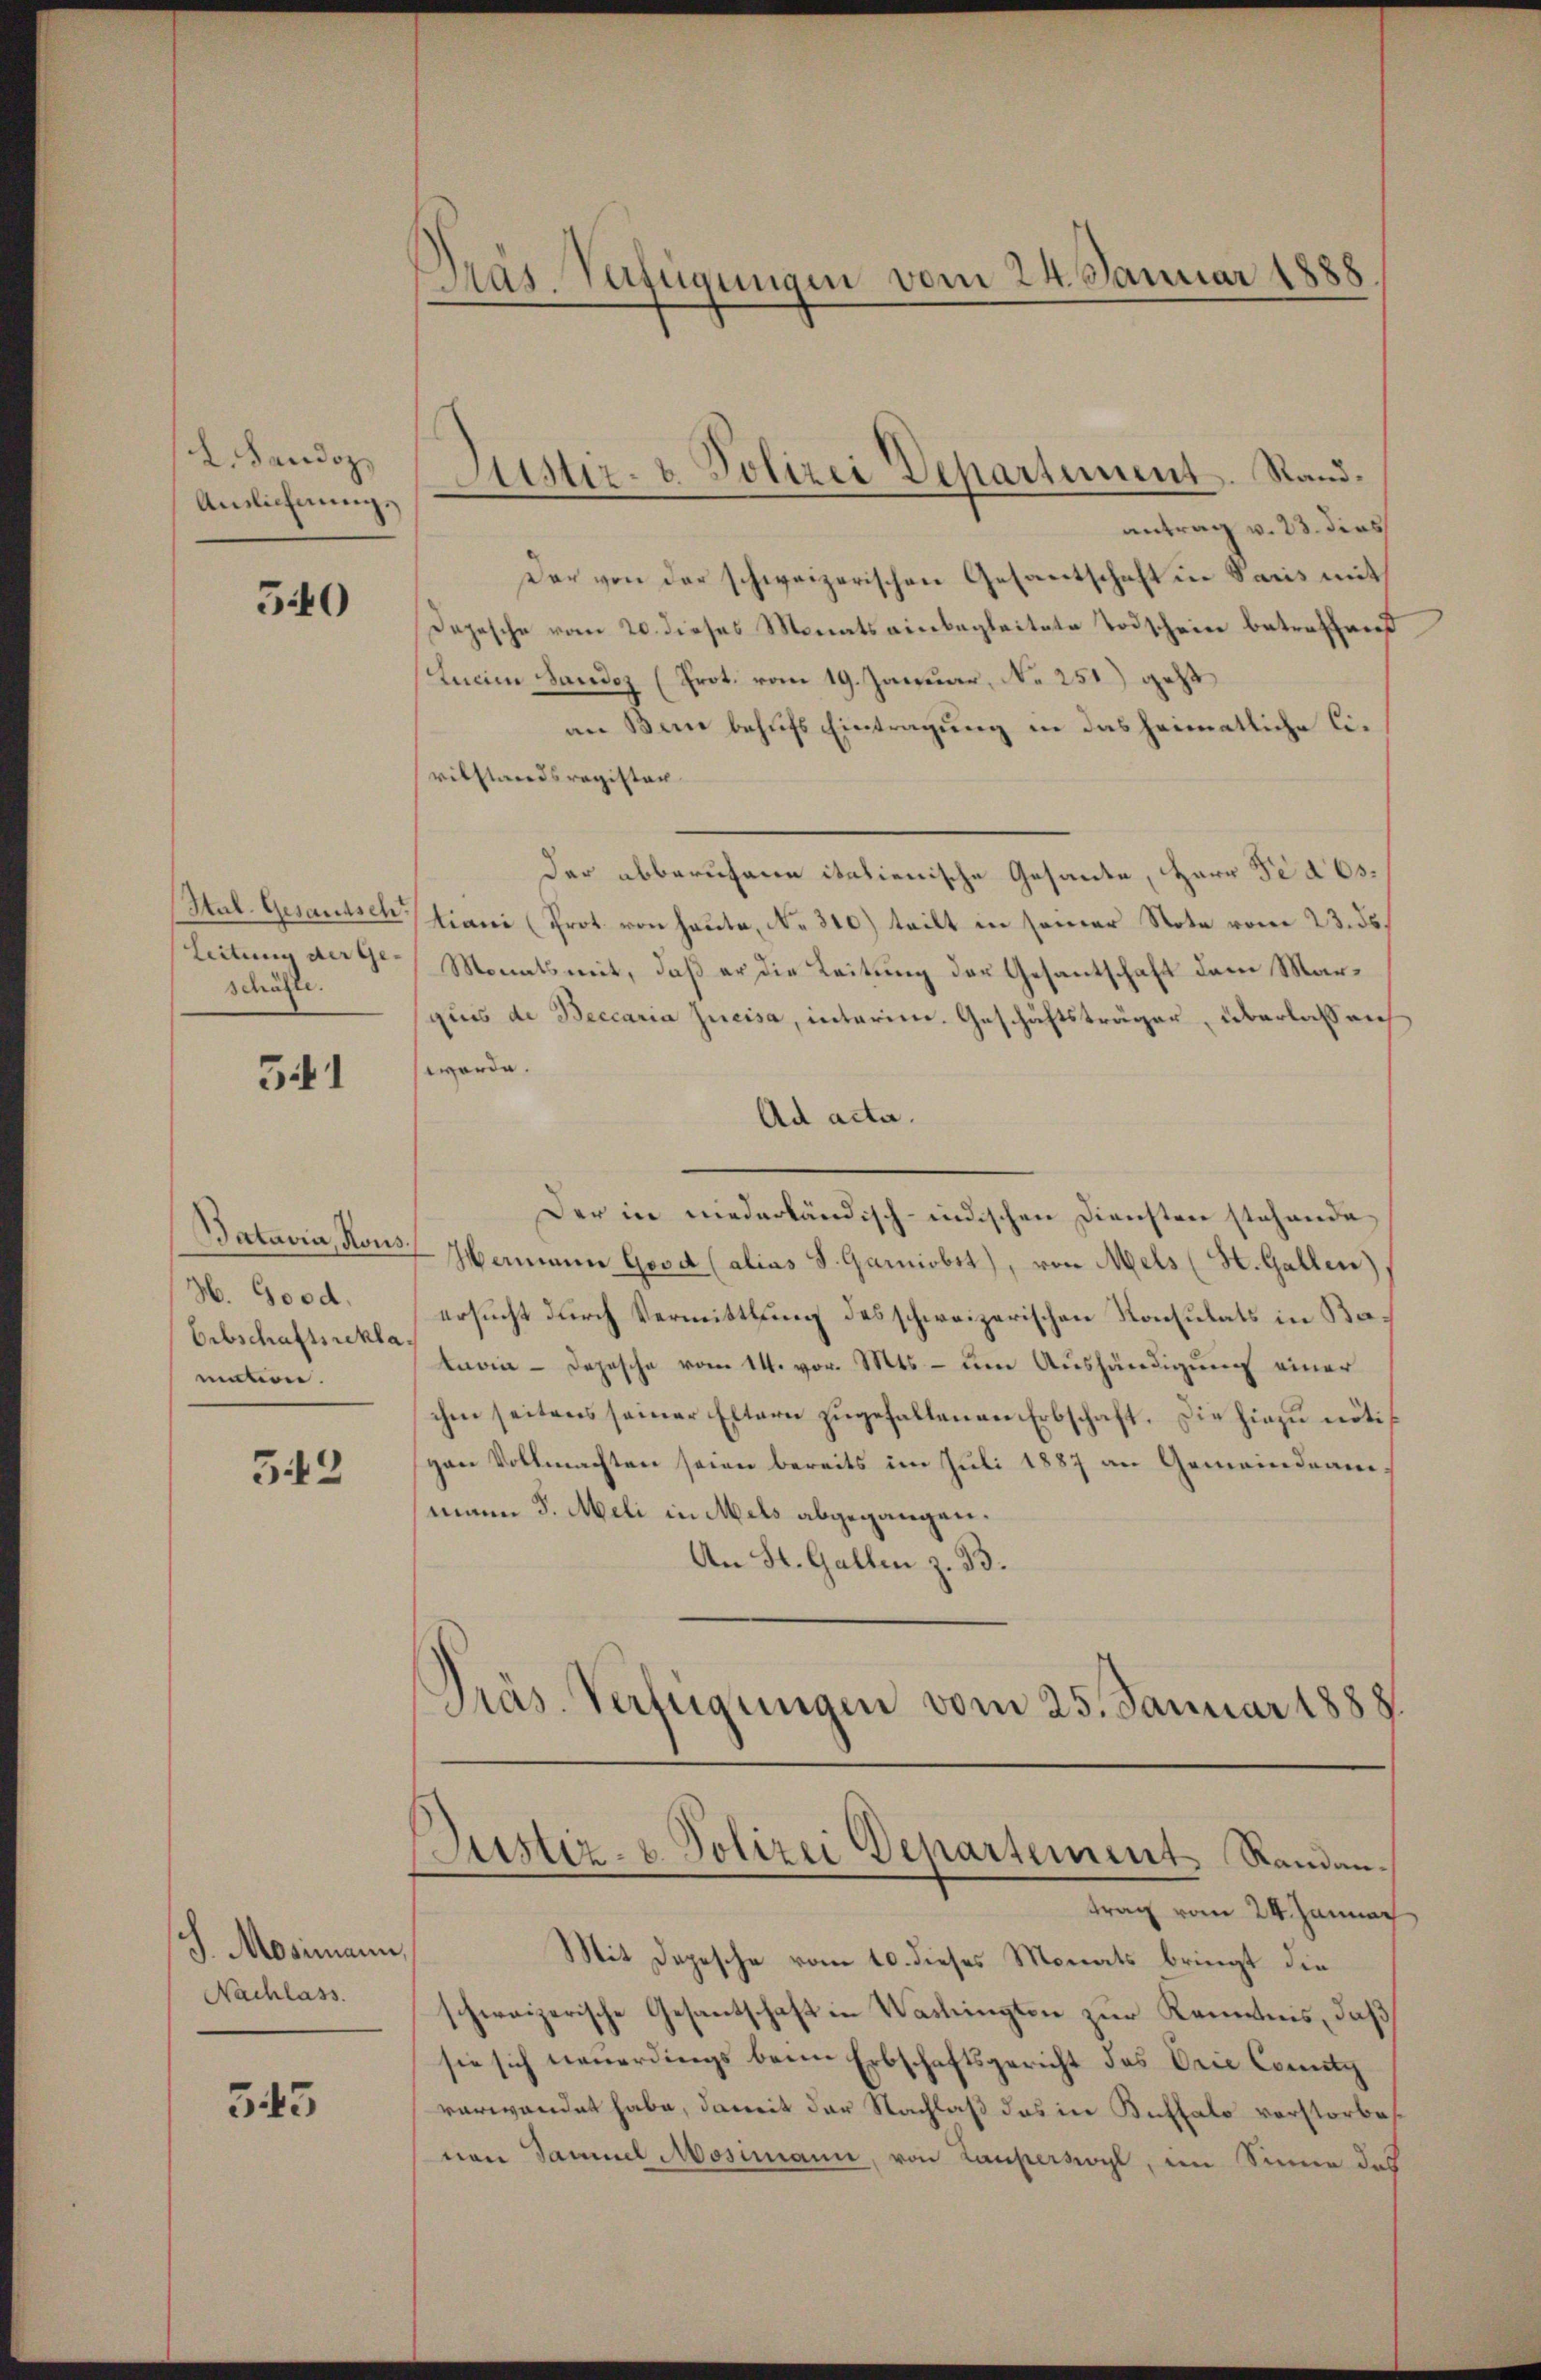
L. Sandoz
Anslichnungs

540

Stal. Gesandtscht
Leitung der Ge-
schäfte.

541

Batavia, Rous
H. Good.
Erbschaftsrekla
mation.

543

J. Mosimann
Nachlass.

543

Präs. Verfügungen vom 24. Januar 1888.

Justiz- & Polizei Departement. Stand¬

antrag v. 23. dies
Der von der schweizerischen Gesantschaft in Saris mit
Depesche vom 20. dieses Monats einbegleitete Todschein betreffend
Ancien Sandoz (Prot. vom 19. Januar, No 251) geht
an Bern behufs Eintragung in das heimatliche Civilstandsregisten.
Der abberufene italienische Gesante, Herr Fides.
tiani (Prot. von heute, No 310) teilt in seiner Note vom 23. ds.
Monats mit, daß er die Leitung der Gesantschaft dem Marquis de Beccaria Jucisa, interim. Geschäftsträger, überlassen
worde.
Ad acta.
Der in niederländisch-indischen Diensten stehende
Hermann Good (alias S. Gamiobst), von Mels (St. Gallen)
ersucht durch Vermittlung des schweizerischen Konsulats in Batavia - Dojesche vom 14. vor. Mts. – um Aushändigung einer
schen seitens seiner Eltern zugefallenen Erbschaft. Die hiezu nötivan Vollmachten seien bereits im Juli 1887 an Gemeindeam-
mann J. Meli in Mels abgegangen.
An St. Gallen z. B.
Präs. Verfügungen vom 25. Januar 1888.

Suster- u. Polizei Departement Randantrag vom 24. Jannac

Mit Depesche vom 10. dieses Monats bringt die
schweizerische Gesantschaft in Washingten zur Kenntnis, daß
sie sich neuerdings beim Erbschaftsgericht des Drie Commity
verwandet habe, damit der Nachlaß das in Buffalo vorstorbes
von Sammel Mosimann, von Laupersort, in Sinne des